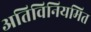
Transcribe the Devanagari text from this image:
अतिविनियमित